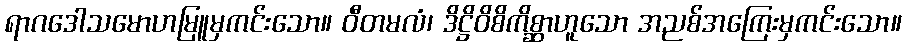
ရာဂဒေါသမောဟမြူမှကင်းသော။ ဝီတမလံ၊ ဒိဋ္ဌိဝိစိကိစ္ဆာဟူသော အညစ်အကြေးမှကင်းသော။